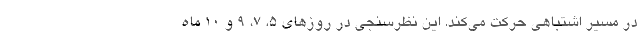
در مسیر اشتباهی حرکت می‌کند. این نظرسنجی در روزهای ۵، ۷، ۹ و ۱۰ ماه